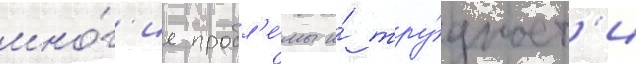
мно́г'ие пробл'е́мы и́ тру́дност'и